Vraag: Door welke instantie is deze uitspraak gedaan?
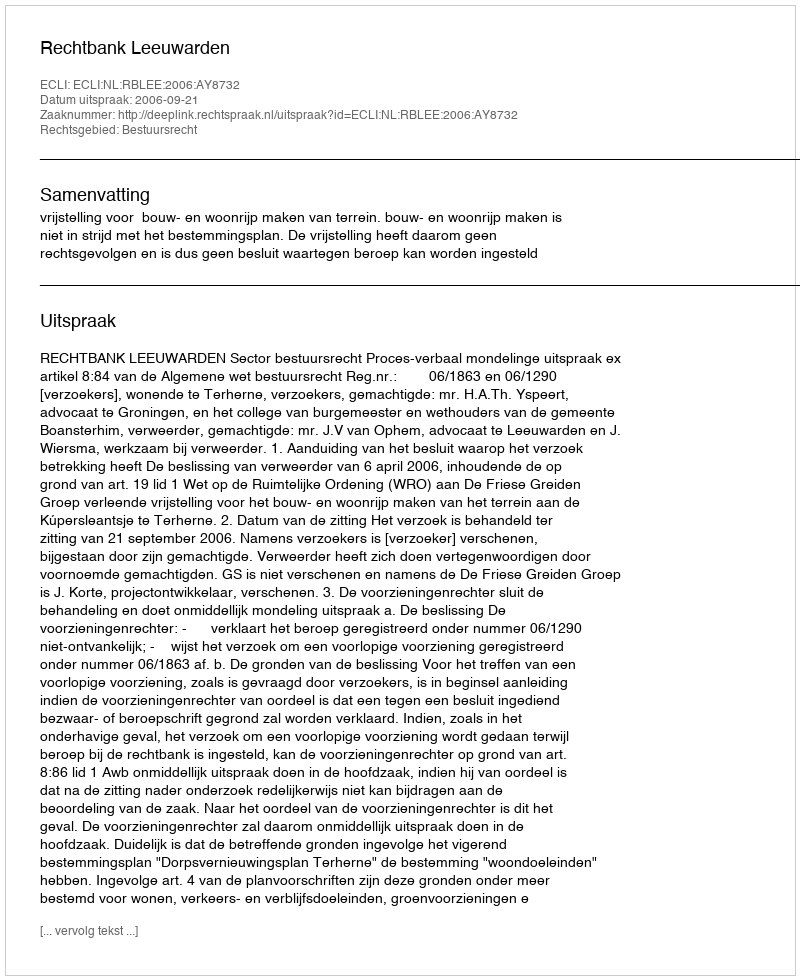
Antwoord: Rechtbank Leeuwarden